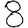
Digit: 8